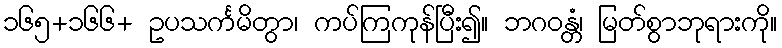
၁၆၅+၁၆၆+ ဥပသင်္ကမိတွာ၊ ကပ်ကြကုန်ပြီး၍။ ဘဂဝန္တံ၊ မြတ်စွာဘုရားကို။